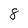
Character: 8